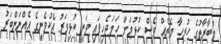
މުބާރާތުގެ ހުރިހާ މެޗެއް ވެސް ކުޅުމަށް ހަމަޖެހިފައި ވަނީ ކުޅިވަރު އެކުވެނީގެ އެއްނަންބަރު